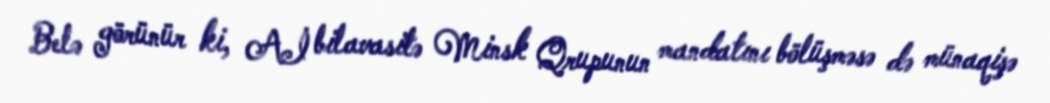
Belə görünür ki, Aİ bilavasitə Minsk Qrupunun mandatını bölüşməsə də münaqişə